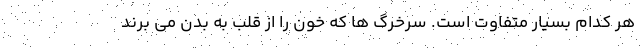
هر کدام بسیار متفاوت است. سرخرگ ها که خون را از قلب به بدن می برند